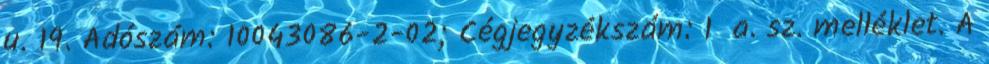
u. 19. Adószám: 10043086-2-02; Cégjegyzékszám: 1 a. sz. melléklet. A